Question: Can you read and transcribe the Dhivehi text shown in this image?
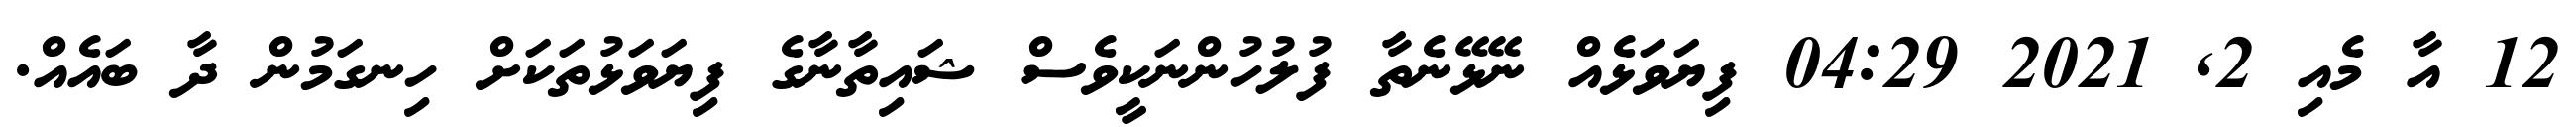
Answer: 12 އާ މެއި 2, 2021 04:29 ފިޔަވަޅެއް ނޭޅޭނެތާ ފުލުހުންނަކީވެސް ޝައިތާނާގެ ފިޔަވަޅުތަކަށް ހިނގަމުން ދާ ބައެއް.